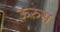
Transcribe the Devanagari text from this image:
ऊरुस